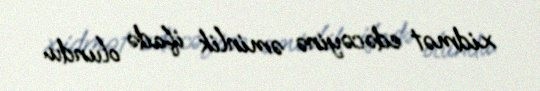
xidmət edəcəyinə əminlik ifadə olundu.